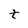
Character: t